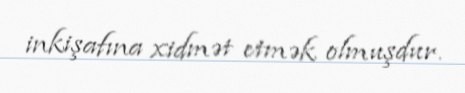
inkişafına xidmət etmək olmuşdur.